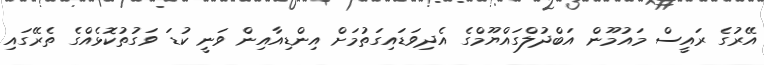
އޭރުގެ ރައީސް މައުމޫން އަބްދުލްގައްޔޫމްގެ އެދިވަޑައިގަތުމަށް އިންޑިއާއިން ވަނީ ކުޑަ ވަގުތުކޮޅެއްގެ ތެރޭގައި